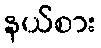
နယ်စား